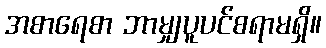
အစာရေစာ ဘာမျှပူပင်စရာမရှိ။